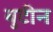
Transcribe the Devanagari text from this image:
बुटीन